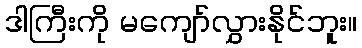
ဒါကြီးကို မကျော်လွှားနိုင်ဘူး။